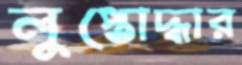
লুপ্তোদ্ধার